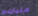
ملياردير